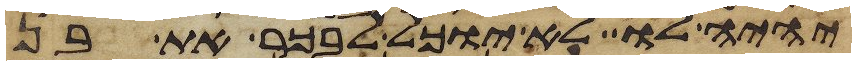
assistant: יהיה לו לא יוכל לבכר את בן